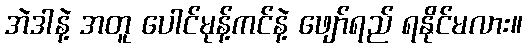
အဲဒါနဲ့ အတူ ပေါင်မုန့်ကင်နဲ့ ဖျော်ရည် ရနိုင်မလား။